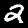
Digit: 2